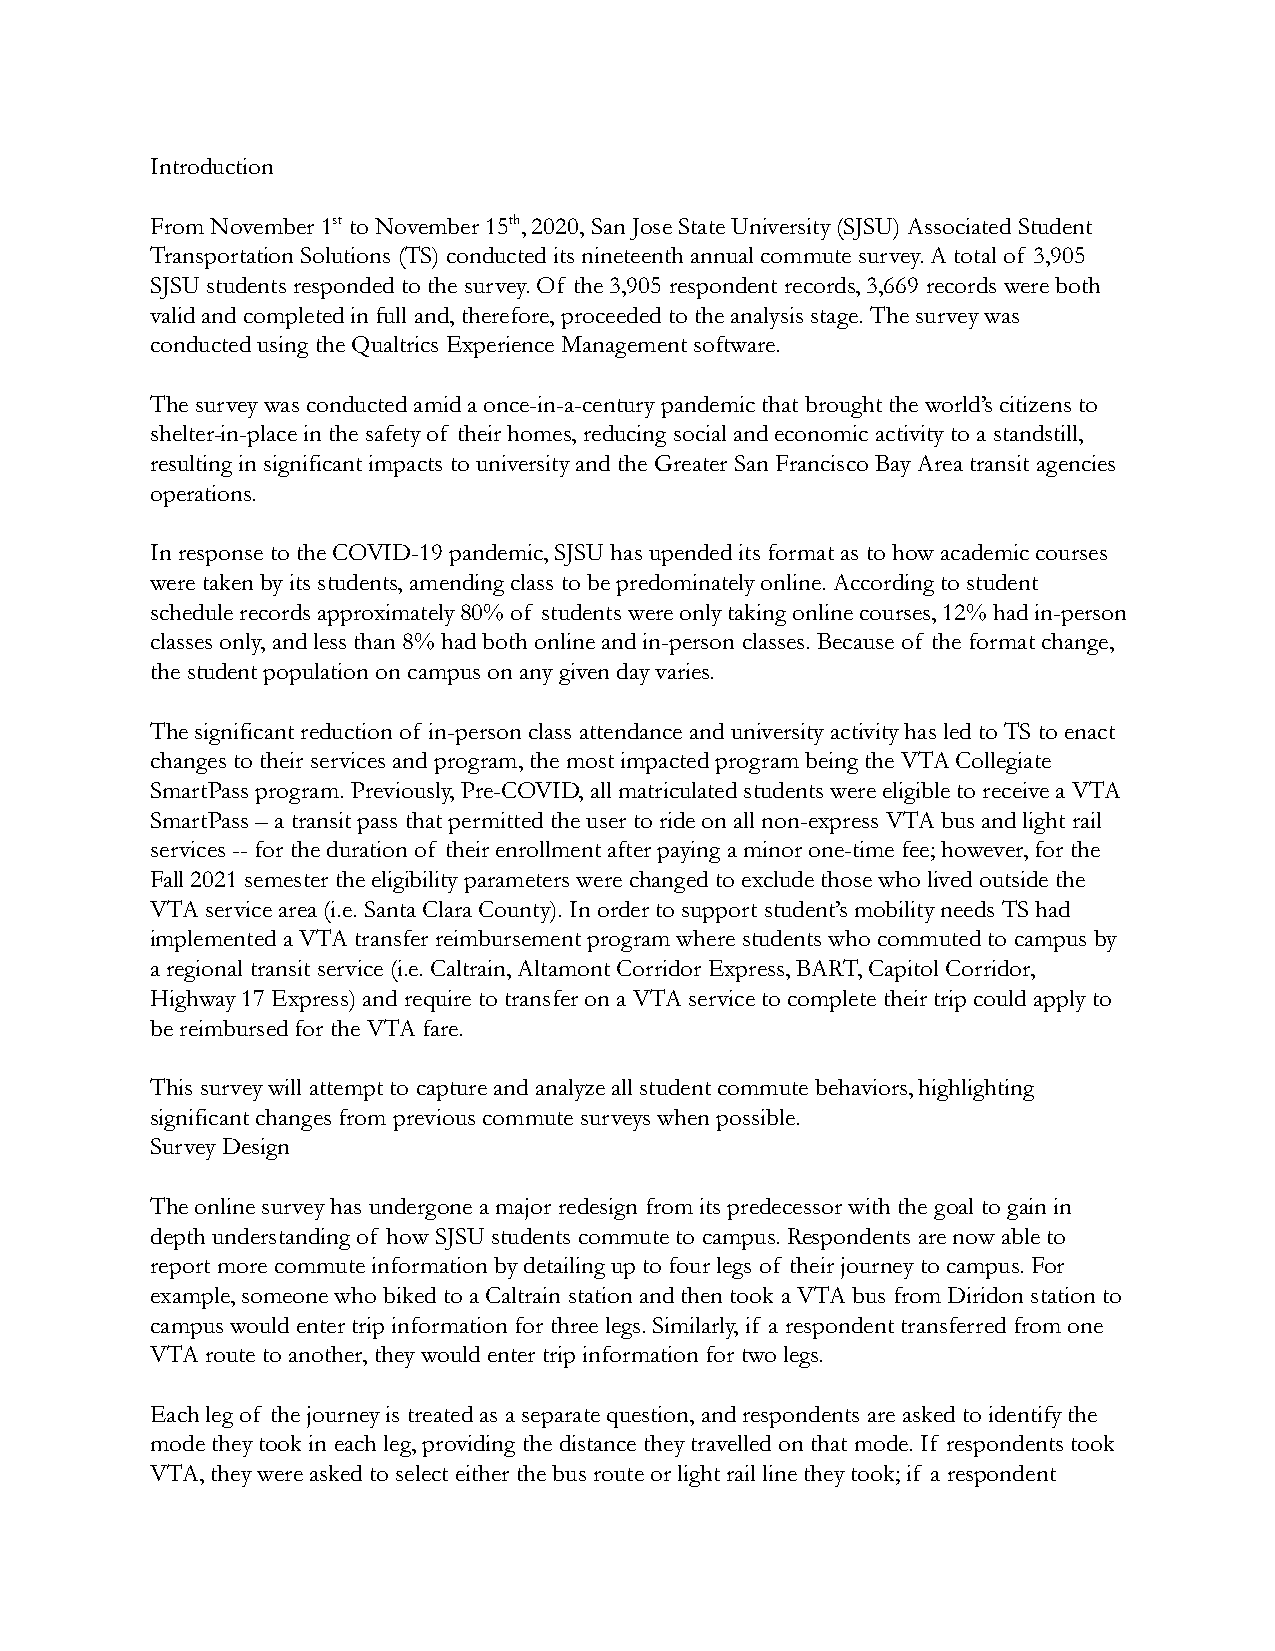
Introduction
 From November 1stto November 15th, 2020, San Jose State University (SJSU) Associated Student
 Transportation Solutions (TS) conducted its nineteenth annual commute survey. A total of 3,905
 SJSU students responded to the survey. Of the 3,905 respondent records, 3,669 records were both
 valid and completed in full and, therefore, proceeded to the analysis stage. The survey was
 conducted using the Qualtrics Experience Management software.
 The survey was conducted amid a once-in-a-century pandemic that brought the world’s citizens to
 shelter-in-place in the safety of their homes, reducing social and economic activity to a standstill,
 resulting in significant impacts to university and the Greater San Francisco Bay Area transit agencies
 operations.
 In response to the COVID-19 pandemic, SJSU has upended its format as to how academic courses
 were taken by its students, amending class to be predominately online. According to student
 schedule records approximately 80% of students were only taking online courses, 12% had in-person
 classes only, and less than 8% had both online and in-person classes. Because of the format change,
 the student population on campus on any given day varies.
 The significant reduction of in-person class attendance and university activity has led to TS to enact
 changes to their services and program, the most impacted program being the VTA Collegiate
 SmartPass program. Previously, Pre-COVID, all matriculated students were eligible to receive a VTA
 SmartPass – a transit pass that permitted the user to ride on all non-express VTA bus and light rail
 services -- for the duration of their enrollment after paying a minor one-time fee; however, for the
 Fall 2021 semester the eligibility parameters were changed to exclude those who lived outside the
 VTA service area (i.e. Santa Clara County). In order to support student’s mobility needs TS had
 implemented a VTA transfer reimbursement program where students who commuted to campus by
 a regional transit service (i.e. Caltrain, Altamont Corridor Express, BART, Capitol Corridor,
 Highway 17 Express) and require to transfer on a VTA service to complete their trip could apply to
 be reimbursed for the VTA fare.
 This survey will attempt to capture and analyze all student commute behaviors, highlighting
 significant changes from previous commute surveys when possible.
 Survey Design
 The online survey has undergone a major redesign from its predecessor with the goal to gain in
 depth understanding of how SJSU students commute to campus. Respondents are now able to
 report more commute information by detailing up to four legs of their journey to campus. For
 example, someone who biked to a Caltrain station and then took a VTA bus from Diridon station to
 campus would enter trip information for three legs. Similarly, if a respondent transferred from one
 VTA route to another, they would enter trip information for two legs.
 Each leg of the journey is treated as a separate question, and respondents are asked to identify the
 mode they took in each leg, providing the distance they travelled on that mode. If respondents took
 VTA, they were asked to select either the bus route or light rail line they took; if a respondent